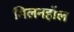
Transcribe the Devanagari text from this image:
गिलनहॉल